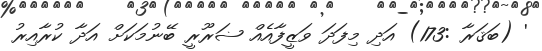
' (ބަޤަރާ :173) އަދި މިފަދަ ވަޒީފާއެއް ޟަރޫރީ ބޭނުމަކަށް އަދާ ކުރާއިރު